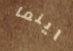
اينما